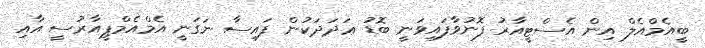
ބީއެމްއެލް އިން އެސްޓީއާރު ފޮނުވާފައިވަނީ ބޮޑު ޢަދަދަކުން ފައިސާ ނަގަނީ އެމްއެމްޕީއާރުސީ އާއި